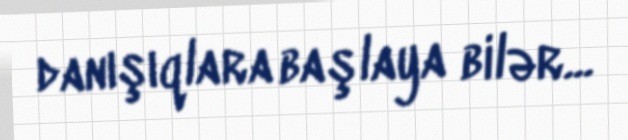
danışıqlara başlaya bilər...